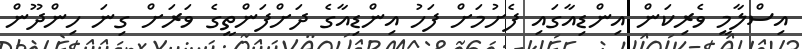
އިސްލާމީ ވެރިކަން އިންޑިއާގައި ފެށުމަށް ފަހު އިންޑިއާގެ ދަށްފަންތީގެ ވަރަށް ގިނަ ހިންދޫން